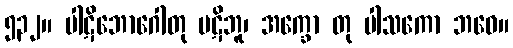
၅၃၂။ ပါဋိဘောဂေါတု ပဋိဘူ၊ အက္ခော တု ပါသကော ဘဝေ။